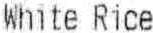
WHITE RICE